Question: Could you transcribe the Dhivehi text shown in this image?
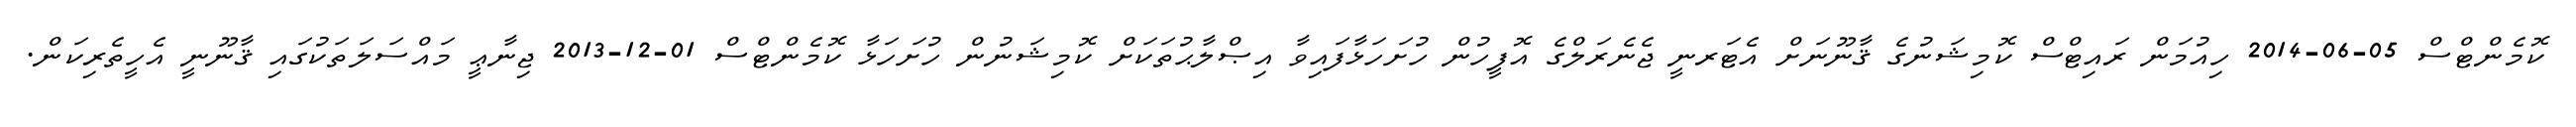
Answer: ކޮމެންޓްސް 05-06-2014 ހިއުމަން ރައިޓްސް ކޮމިޝަނުގެ ޤާނޫނަށް އެޓަރނީ ޖެނެރަލްގެ އޮފީހުން ހުށަހަޅާފައިވާ އިޞްލާޙުތަކަށް ކޮމިޝަނުން ހުށަހަޅާ ކޮމެންޓްސް 01-12-2013 ޖިނާޢީ މައްސަލަތަކުގައި ޤާނޫނީ އެހީތެރިކަން.